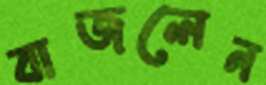
বাজলেন